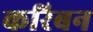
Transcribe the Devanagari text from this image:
करिबन